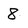
Character: 8